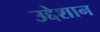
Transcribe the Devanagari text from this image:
उद्देशान